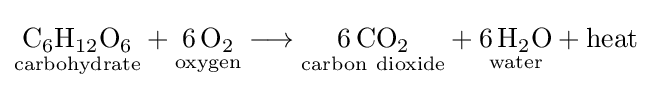
{{\underset {\mathrm {carbohydrate} }{\mathrm {C} {\vphantom {A}}_{\smash[{t}]{6}}\mathrm {H} {\vphantom {A}}_{\smash[{t}]{12}}\mathrm {O} {\vphantom {A}}_{\smash[{t}]{6}}}}{}+{}{\underset {\mathrm {oxygen} }{6\,\mathrm {O} {\vphantom {A}}_{\smash[{t}]{2}}}}{}\mathrel {\longrightarrow } {}{\underset {\mathrm {carbon} ~\mathrm {dioxide} }{6\,\mathrm {CO} {\vphantom {A}}_{\smash[{t}]{2}}}}{}+{}{\underset {\mathrm {water} }{6\,\mathrm {H} {\vphantom {A}}_{\smash[{t}]{2}}\mathrm {O} }}{}+{}\mathrm {heat} }